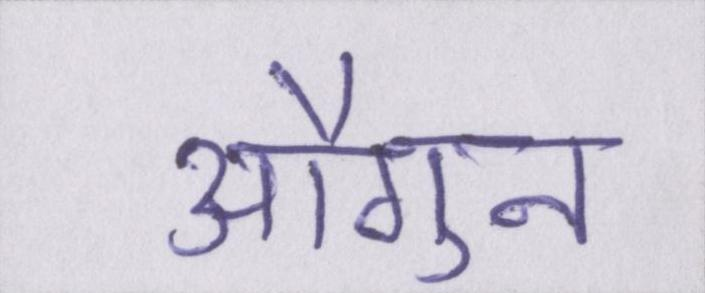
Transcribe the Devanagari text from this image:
औगुन